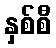
နှစ်စီ